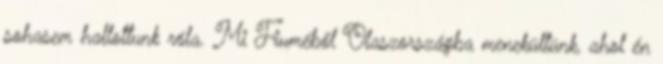
sohasem hallottunk róla. Mi Fiuméből Olaszországba menekültünk, ahol én